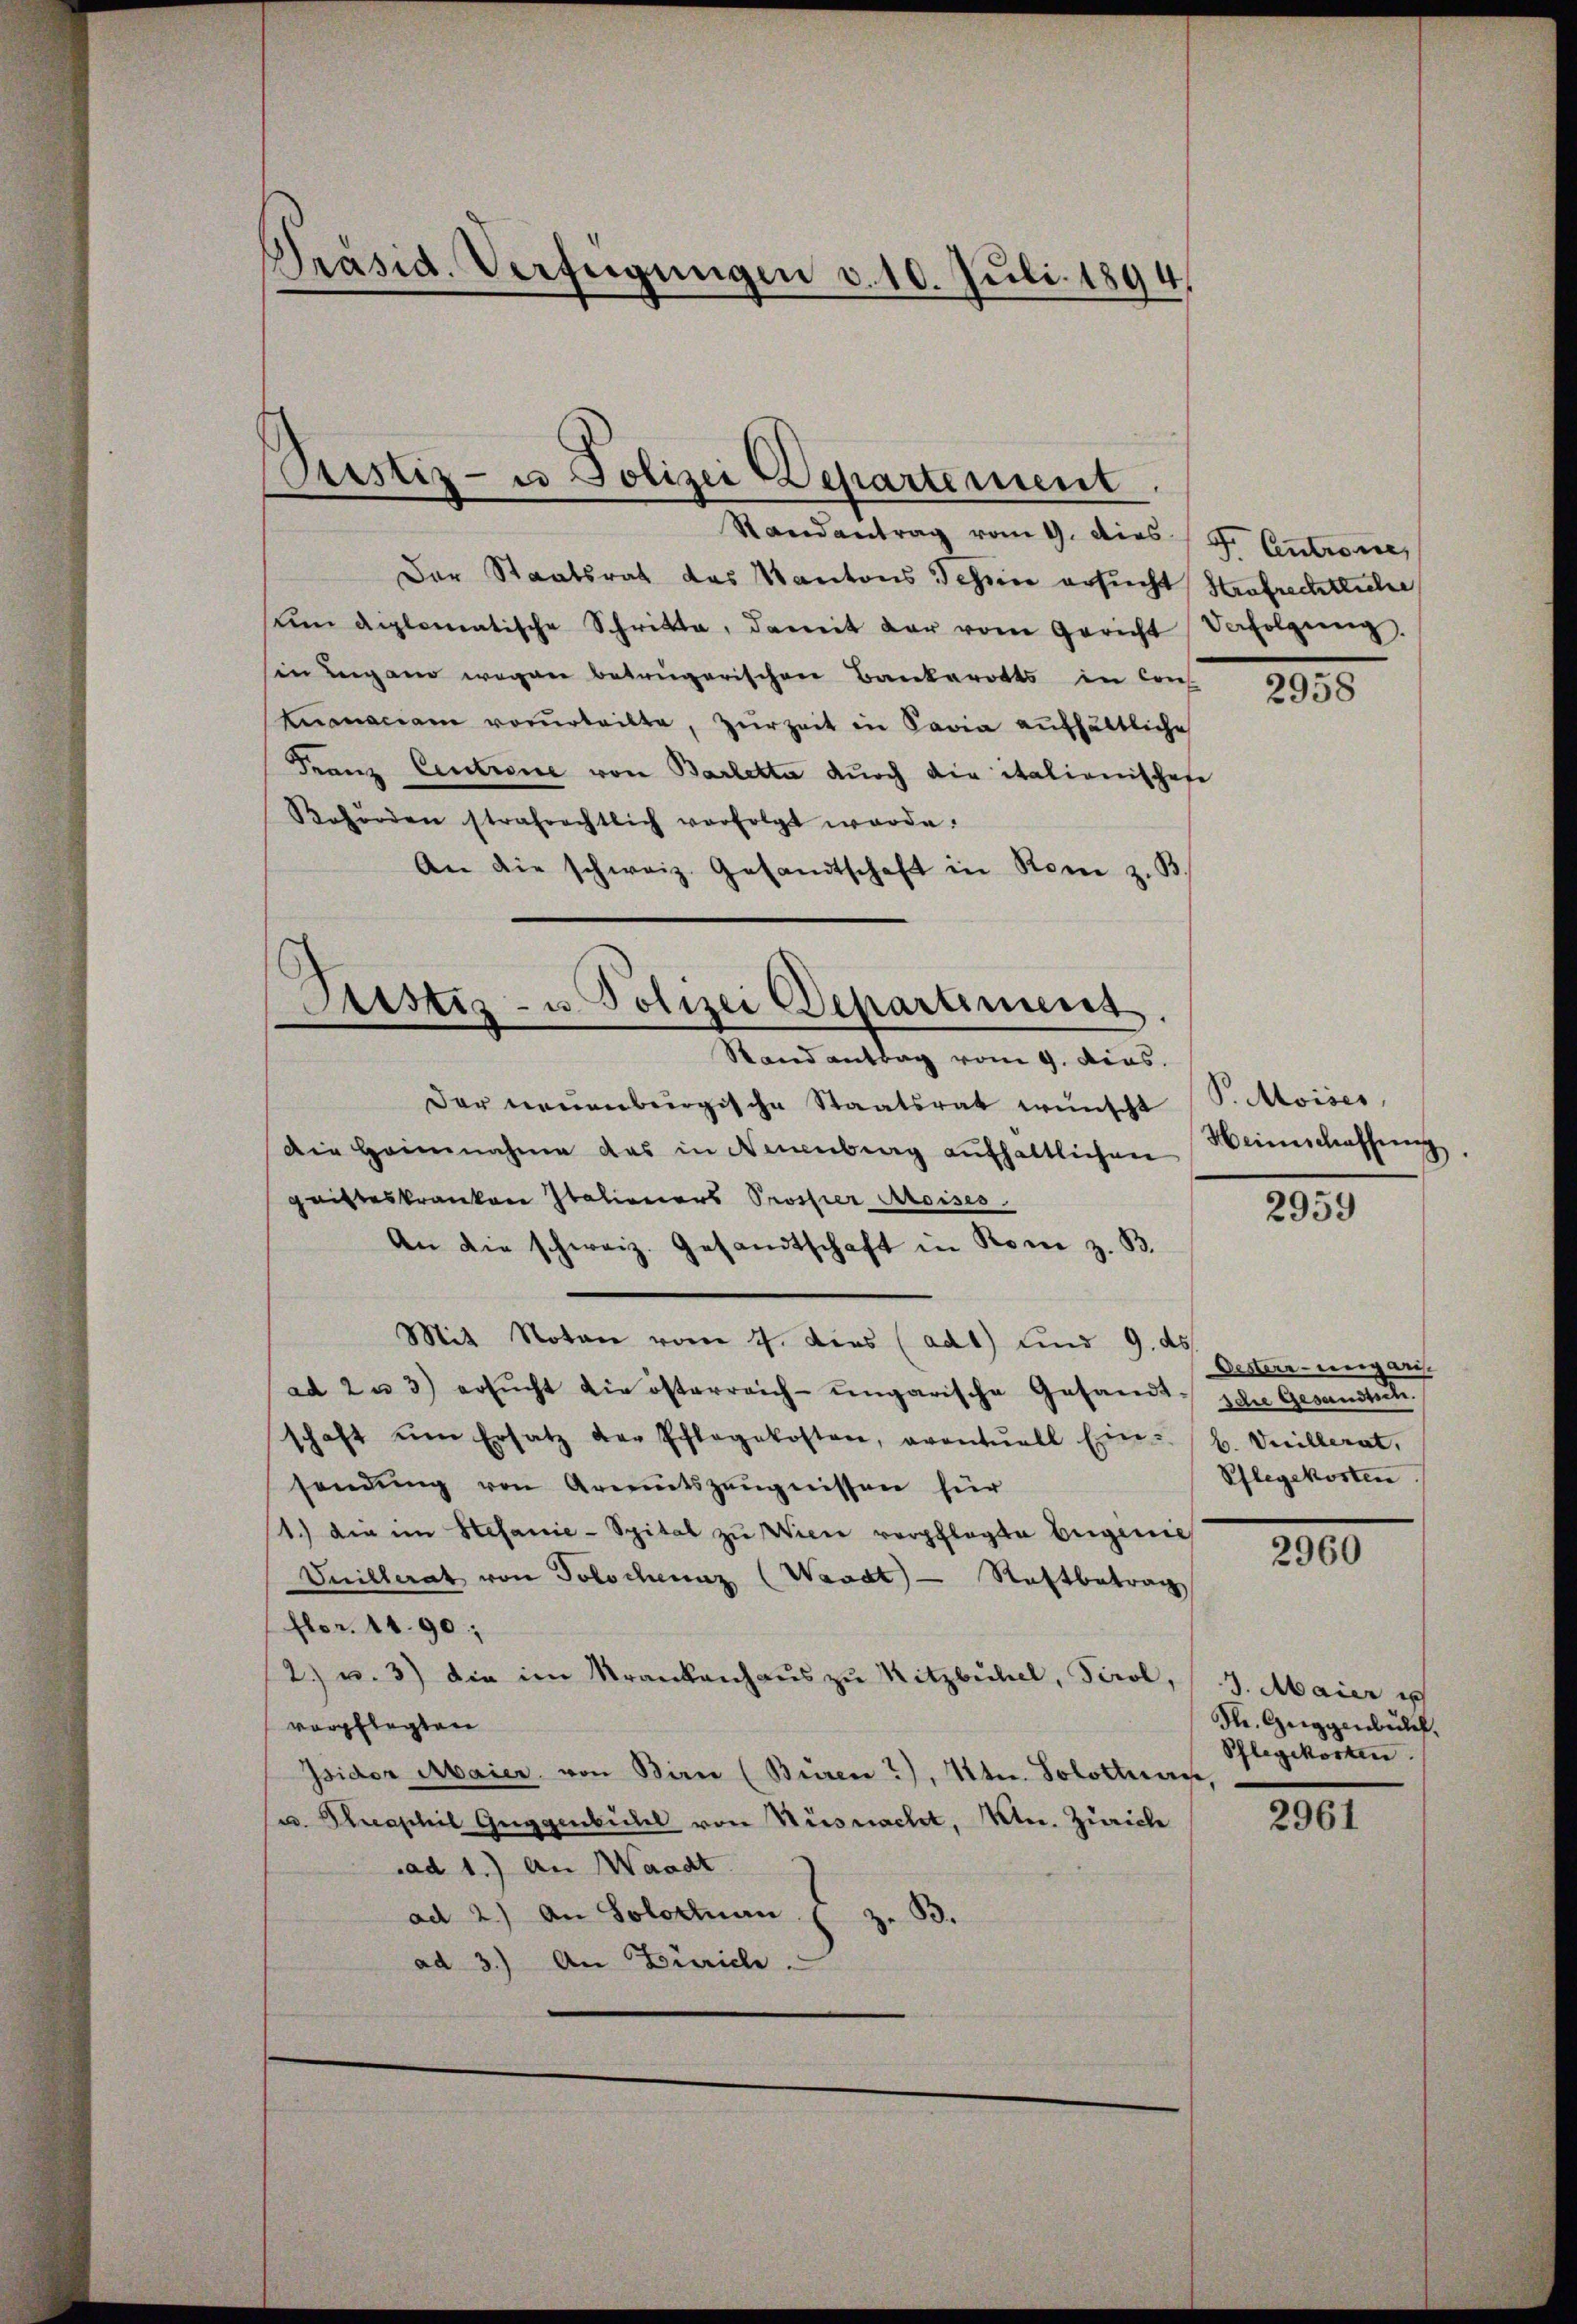
Präsid. Verfügungen v. 10. Juli 1894.

Pustiz- u Polizei Departement

Randantrag vom 9. dies 9. Centrone,
Der Staatsrath das Kantons Tessin ersucht Strafrechtliche
ŭm diplomatische Schritte, damit der vom Gericht Verfolgŭng,
sin Lugang wegen betrügerischen Bankarotts in Cons
Knonaciam vorurteilte, zŭrzeit in Savia aŭfhältliche
Franz Centrone von Barletta durch die italionischen
Reforden strafrechtlich verfolgt werde.
An die schweiz. Gesandtschaft in Rom z. B.
Der neuenbergische Staatsrat wünscht
Die Heinnahme das in Neuenburg aŭfhaltlichen Weinschaffung
gristeskranken Italioniers Prosser Aloises
An die schweiz. Gesandtschaft in Rom z. B.
Mit Noten vom 7. dies (ad1) und 9. ds.
ad 2 u 3) ersŭcht die österreich-ungarische Gesamt die Gesandtsch.
schaft ŭm Ersatz der Pflegekosten, eventuell Ein B. Veillerat,
sendŭng von Areitszeŭgnissen für
1.) Die im Stefanie-Spital zu Wien verpflegte Eigenie
Vuillerat von Tolschenaz (Waadt Raftbetrag
Flon. 1490;
2) u. 3) die im Krankenhaŭs zŭ Kitzbühel, Tirol,
verpflegten
Isidor Maier, von Birn (Buren?), Otten. Solothurn,
u. Hecasil Guggenbühl von Küsnacht, Ktn. Zürich
ad 1.) An Waadt.
ad 2.) An Solothurn (z. B.
ad 3.) An Zürich.

Sistiz- u. Polizei Departinient.
Stand antrag vom 9. dies.

2958

P. Moises,

2959

Oesterrung aus.
Pflegekosten

2960

3. Maier i
Sl. Guggenbülf.
Pflegekosten.

2961